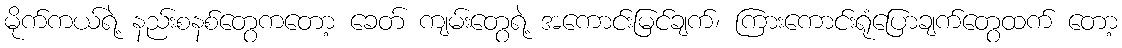
မိုက်ကယ်ရဲ့ နည်းစနစ်တွေကတော့ ခေတ် ကျမ်းတွေရဲ့ အကောင်းမြင်ချက်၊ ကြားကောင်းရုံပြောချက်တွေထက် တော့